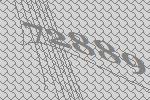
72889